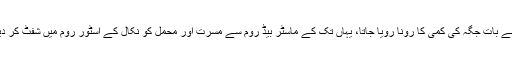
بات بے بات جگہ کی کمی کا رونا رویا جاتا، یہاں تک کے ماسٹر بیڈ روم سے مسرت اور محمل کو نکال کے اسٹور روم میں شفٹ کر دیا گیا۔